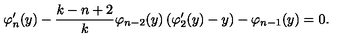
\varphi _ { n } ^ { \prime } ( y ) - \frac { k - n + 2 } { k } \varphi _ { n - 2 } ( y ) \left( \varphi _ { 2 } ^ { \prime } ( y ) - y \right) - \varphi _ { n - 1 } ( y ) = 0 .